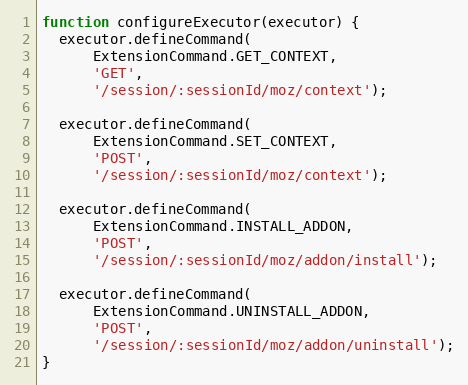
Language: JavaScript
function configureExecutor(executor) {
  executor.defineCommand(
      ExtensionCommand.GET_CONTEXT,
      'GET',
      '/session/:sessionId/moz/context');

  executor.defineCommand(
      ExtensionCommand.SET_CONTEXT,
      'POST',
      '/session/:sessionId/moz/context');

  executor.defineCommand(
      ExtensionCommand.INSTALL_ADDON,
      'POST',
      '/session/:sessionId/moz/addon/install');

  executor.defineCommand(
      ExtensionCommand.UNINSTALL_ADDON,
      'POST',
      '/session/:sessionId/moz/addon/uninstall');
}